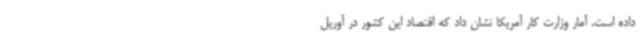
داده است. آمار وزارت کار آمریکا نشان داد که اقتصاد این کشور در آوریل